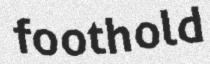
foothold